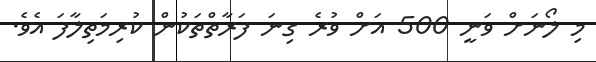
މި ލޯނަށް ވަނީ 500 އަށް ވުރެ ގިނަ ފަރާތްތަކުން ކުރިމަތިލާފަ އެވެ.